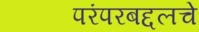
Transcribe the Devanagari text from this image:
परंपरबद्दलचे